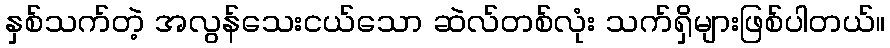
နှစ်သက်တဲ့ အလွန်သေးငယ်သော ဆဲလ်တစ်လုံး သက်ရှိများဖြစ်ပါတယ်။